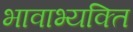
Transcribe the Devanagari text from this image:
भावाभ्यक्ति